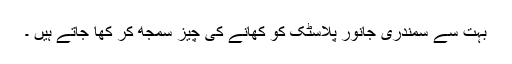
بہت سے سمندری جانور پلاسٹک کو کھانے کی چیز سمجھ کر کھا جاتے ہیں ۔